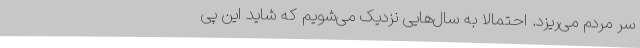
سر مردم می‌ریزد. احتمالا به سال‌هایی نزدیک می‌شویم که شاید این پی